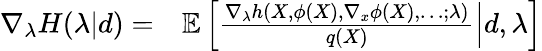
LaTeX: \begin{array}{rl}{\nabla_{\lambda}H(\lambda|d)=}&{{}\mathbb{E}\left[\frac{\nabla_{\lambda}h(X,\phi(X),\nabla_{x}\phi(X),\dots;\lambda)}{q(X)}\middle|d,\lambda\right]}\end{array}